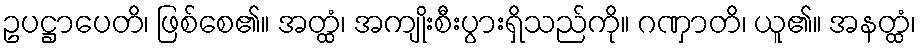
ဥပဋ္ဌာပေတိ၊ ဖြစ်စေ၏။ အတ္ထံ၊ အကျိုးစီးပွားရှိသည်ကို။ ဂဏှာတိ၊ ယူ၏။ အနတ္ထံ၊